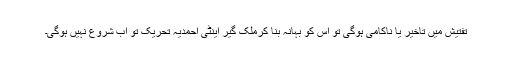
تفتیش میں تاخیر یا ناکامی ہوگی تو اس کو بہانہ بنا کرملک گیر اینٹی احمدیہ تحریک تو اب شروع نہیں ہوگی۔